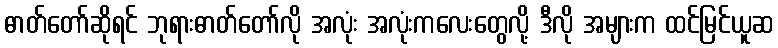
ဓာတ်တော်ဆိုရင် ဘုရားဓာတ်တော်လို အလုံး အလုံးကလေးတွေလို့ ဒီလို အများက ထင်မြင်ယူဆ